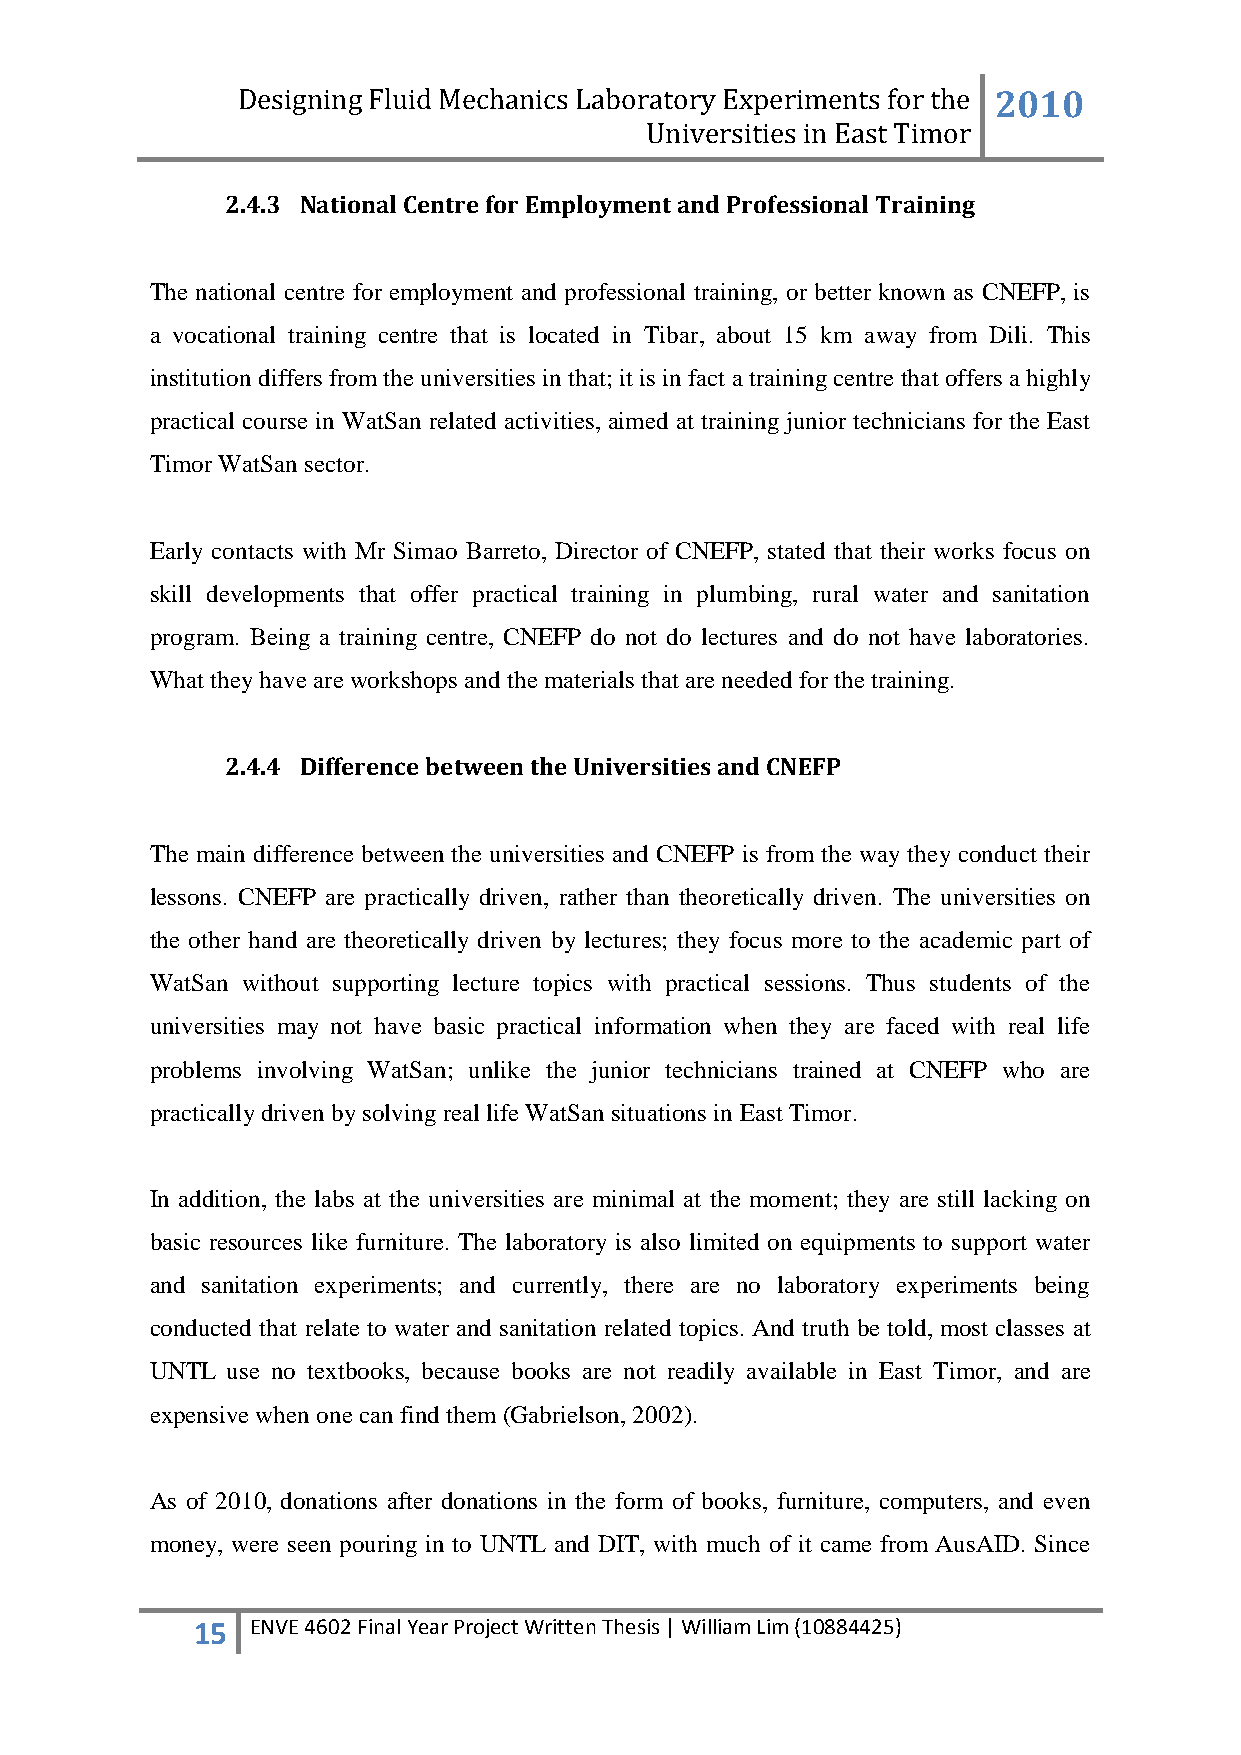
Designing Fluid Mechanics Laboratory Experiments for the 2010
 Universities in East Timor
 2.4.3 National Centre for Employment and Professional Training
 The national centre for employment and professional training, or better known as CNEFP, is
 a vocational training centre that is located in Tibar, about 15 km away from Dili. This
 institution differs from the universities in that; it is in fact a training centre that offers a highly
 practical course in WatSan related activities, aimed at training junior technicians for the East
 Timor WatSan sector.
 Early contacts with Mr Simao Barreto, Director of CNEFP, stated that their works focus on
 skill developments that offer practical training in plumbing, rural water and sanitation
 program. Being a training centre, CNEFP do not do lectures and do not have laboratories.
 What they have are workshops and the materials that are needed for the training.
 2.4.4 Difference between the Universities and CNEFP
 The main difference between the universities and CNEFP is from the way they conduct their
 lessons. CNEFP are practically driven, rather than theoretically driven. The universities on
 the other hand are theoretically driven by lectures; they focus more to the academic part of
 WatSan without supporting lecture topics with practical sessions. Thus students of the
 universities may not have basic practical information when they are faced with real life
 problems involving WatSan; unlike the junior technicians trained at CNEFP who are
 practically driven by solving real life WatSan situations in East Timor.
 In addition, the labs at the universities are minimal at the moment; they are still lacking on
 basic resources like furniture. The laboratory is also limited on equipments to support water
 and sanitation experiments; and currently, there are no laboratory experiments being
 conducted that relate to water and sanitation related topics. And truth be told, most classes at
 UNTL use no textbooks, because books are not readily available in East Timor, and are
 expensive when one can find them (Gabrielson, 2002).
 As of 2010, donations after donations in the form of books, furniture, computers, and even
 money, were seen pouring in to UNTL and DIT, with much of it came from AusAID. Since
 15  ENVE 4602 Final Year Project Written Thesis | William Lim (10884425)